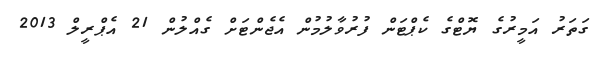
ގަތަރު އަމީރުގެ ޔޮޓްގެ ކެޕްޓަން ފުރުވާލުމުން އެޖެންޓަށް ގެއްލުން 21 އެޕްރީލް 2013